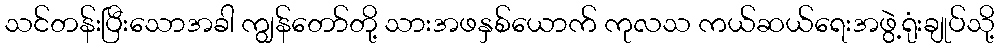
သင်တန်းပြီးသောအခါ ကျွန်တော်တို့ သားအဖနှစ်ယောက် ကုလသ ကယ်ဆယ်ရေးအဖွဲ့ရုံးချုပ်သို့